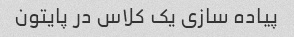
پیاده سازی یک کلاس در پایتون